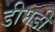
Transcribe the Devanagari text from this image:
डीमडी